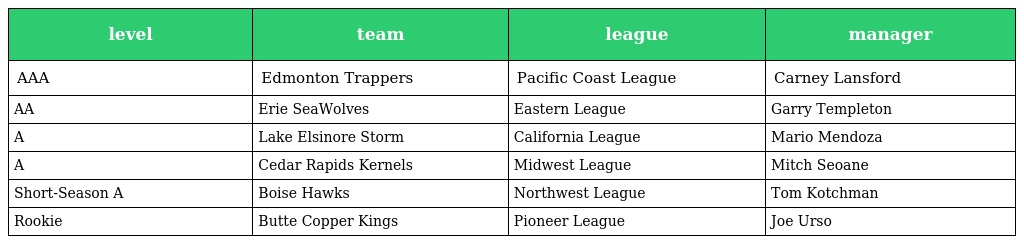
| level | team | league | manager |
 | --- | --- | --- | --- |
 | AAA | Edmonton Trappers | Pacific Coast League | Carney Lansford |
 | AA | Erie SeaWolves | Eastern League | Garry Templeton |
 | A | Lake Elsinore Storm | California League | Mario Mendoza |
 | A | Cedar Rapids Kernels | Midwest League | Mitch Seoane |
 | Short-Season A | Boise Hawks | Northwest League | Tom Kotchman |
 | Rookie | Butte Copper Kings | Pioneer League | Joe Urso |